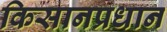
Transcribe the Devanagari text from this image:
किसानप्रधान